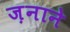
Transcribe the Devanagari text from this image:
ज़नाने